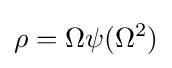
\rho =\Omega \psi (\Omega ^{2})